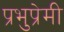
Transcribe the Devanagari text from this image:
प्रभुप्रेमी